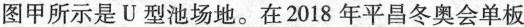
图甲所示是U型池场地。在2018年平昌冬奥会单板